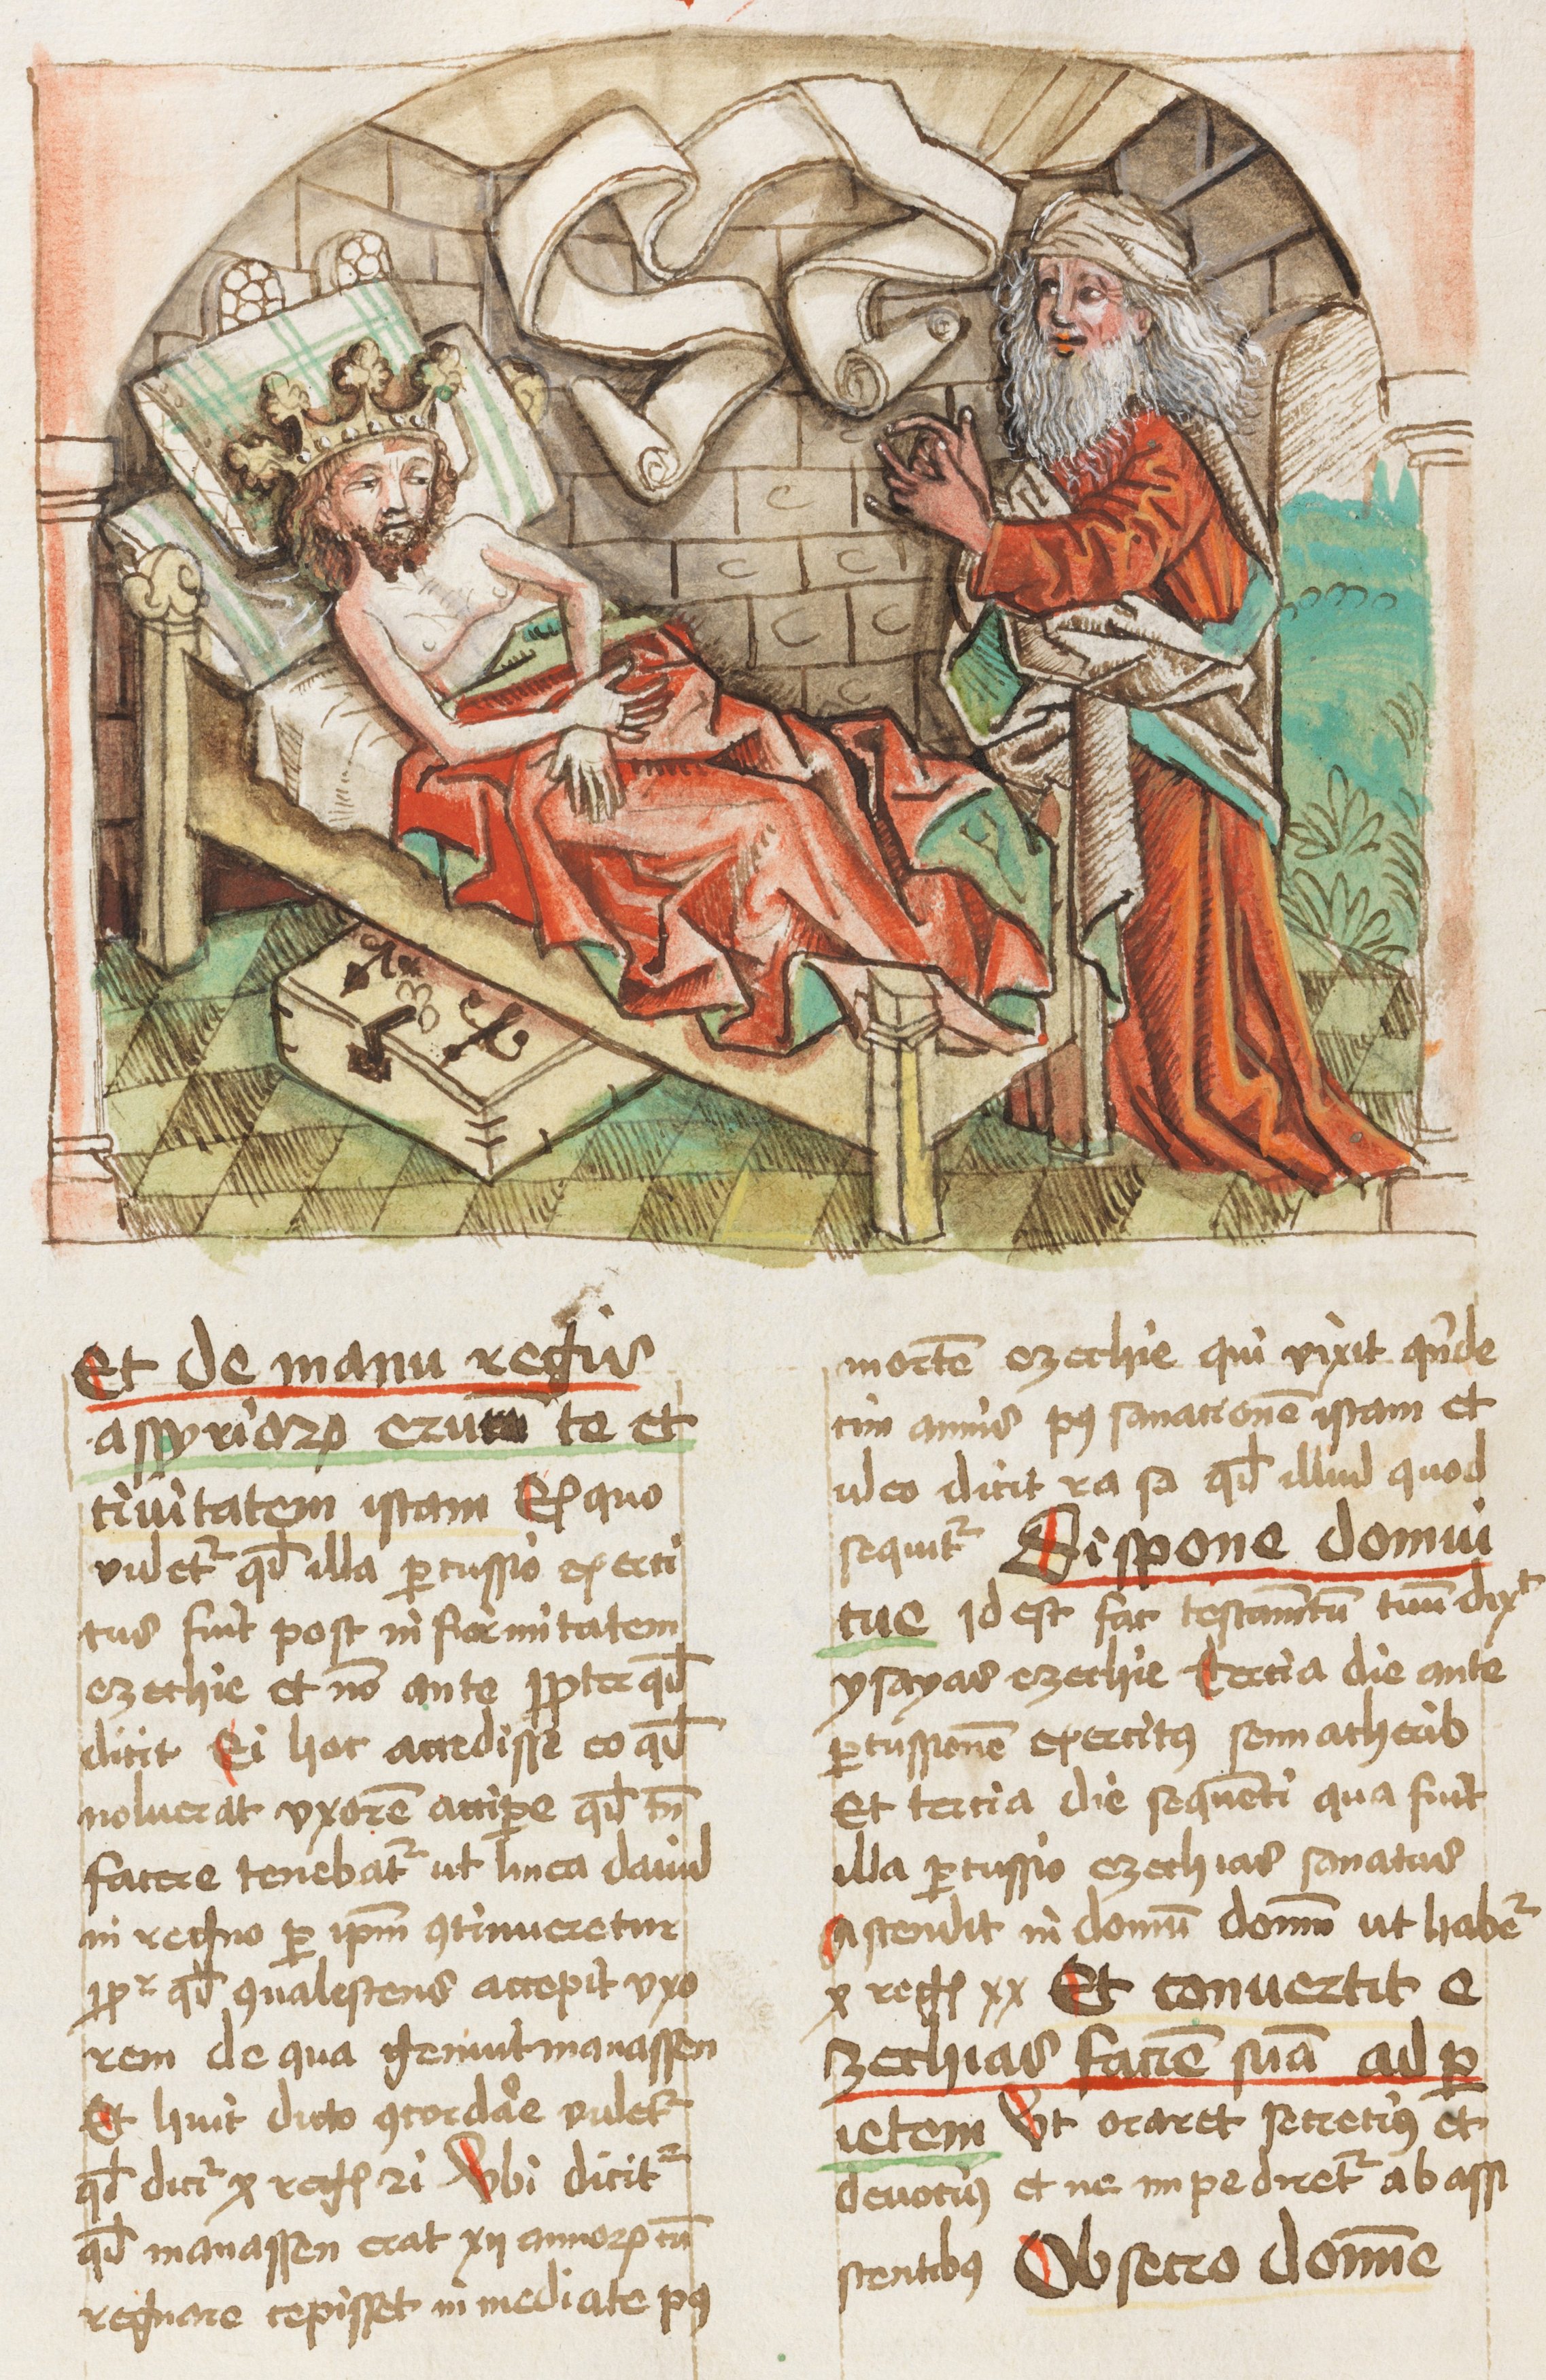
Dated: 1459–1459